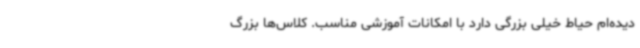
دیده‌ام حیاط خیلی بزرگی دارد با امکانات آموزشی مناسب. کلاس‌ها بزرگ